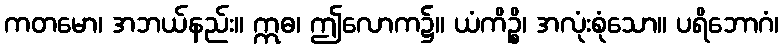
ကတမော၊ အဘယ်နည်း။ ဣဓ၊ ဤလောက၌။ ယံကိဉ္စိ၊ အလုံးစုံသော။ ပရိဘောဂံ၊